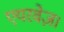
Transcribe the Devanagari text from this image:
एयरवेज़।